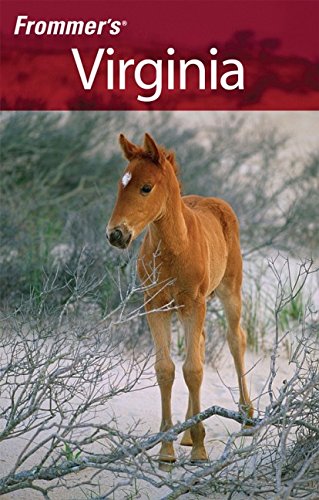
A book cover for Frommer's Virginia (Frommer's Complete Guides); Bill Goodwin; Travel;